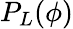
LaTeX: P_{L}(\phi)